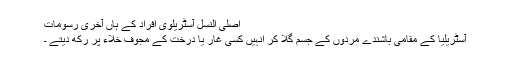
اصلی النسل آسٹریلوی افراد کے ہاں آخری رسومات
آسٹریلیا کے مقامی باشندے مردوں کے جسم گلا کر انہیں کسی غار یا درخت کے مجوف خلاء پر رکھ دیتے ۔